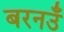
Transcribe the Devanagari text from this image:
बरनउँ